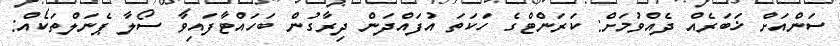
ސަންއަށް ޚަބަރެއް ދެއްވުމަށް: ކަރަންޓްގެ ހަކަތަ އުފައްދަން ދިރާގުން ބަހައްޓާފައިވާ ސޯލާ ޕެނަލްތަކެއް: